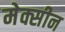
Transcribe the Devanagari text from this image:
मेक्सीन